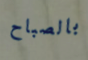
بالصباح